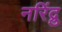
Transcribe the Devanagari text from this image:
नरिंद्रु